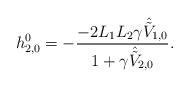
LaTeX: \begin{align*}h_{2,0}^0 = -\frac{-2L_1L_2\gamma\hat{\tilde{V}}_{1,0}}{1+\gamma\hat{\tilde{V}}_{2,0}}.\end{align*}